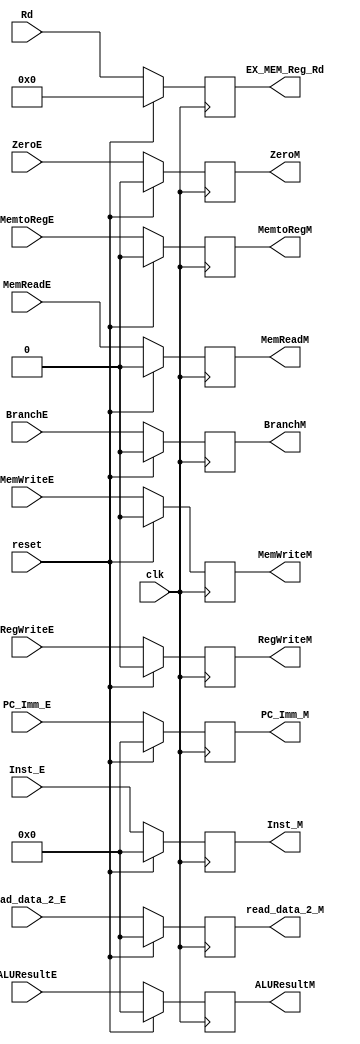
module EX_MEM(
    input clk, reset,
    input [31:0] PC_Imm_E,
    input ZeroE,
    input [31:0] ALUResultE,
    input [31:0] read_data_2_E,
    input RegWriteE, MemtoRegE,
    input BranchE, MemReadE, MemWriteE,
    input [4:0] Rd,
    input [31:0] Inst_E,

    output reg [31:0] PC_Imm_M,
    output reg ZeroM,
    output reg [31:0] ALUResultM,
    output reg [31:0] read_data_2_M,
    output reg RegWriteM, MemtoRegM,
    output reg BranchM, MemReadM, MemWriteM,
    output reg [4:0] EX_MEM_Reg_Rd,
    output reg[31:0] Inst_M
);

always @(posedge clk) begin 
    if(reset) begin 
        PC_Imm_M <= 32'd0;
        ZeroM <= 1'b0;
        ALUResultM <= 32'd0;
        read_data_2_M <= 32'd0;
        RegWriteM <= 1'b0;
        MemtoRegM <= 1'b0;
        BranchM <= 1'b0;
        MemReadM <= 1'b0;
        MemWriteM <= 1'b0;
        EX_MEM_Reg_Rd <= 5'd0;
        Inst_M <= 32'd0;
    end
    else begin
        PC_Imm_M <= PC_Imm_E;
        ZeroM <= ZeroE;
        ALUResultM <= ALUResultE;
        read_data_2_M <= read_data_2_E;
        RegWriteM <= RegWriteE;
        MemtoRegM <= MemtoRegE;
        BranchM <= BranchE;
        MemReadM <= MemReadE;
        MemWriteM <= MemWriteE;
        EX_MEM_Reg_Rd <= Rd;
        Inst_M <= Inst_E;
    end
end
endmodule